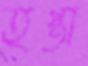
হপ্তা